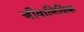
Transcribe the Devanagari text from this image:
जीवाणिविक